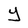
Character: Y